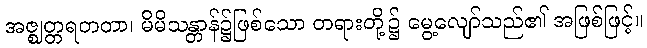
အဇ္ဈတ္တရတတာ၊ မိမိသန္တာန်၌ဖြစ်သော တရားတို့၌ မွေ့လျော်သည်၏ အဖြစ်ဖြင့်။